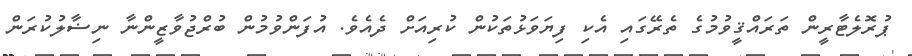
ޕުރޮލެޓާރީން ތަރައްޤީވުމުގެ ތެރޭގައި އެކި ފިޔަވަޅުތަކުން ކުރިއަށް ދެއެވެ. އުފަންވުމުން ބުރްޖުވާޒީންނާ ނިޟާލުކުރަން